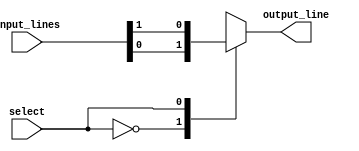
module multiplexer_1024_1 (
    input [1023:0] input_lines,
    input select,
    output reg output_line
);

always @ (select) begin
    case (select)
        10'b0000000000: output_line = input_lines[0];
        10'b0000000001: output_line = input_lines[1];
        // Add cases for all 1024 input lines here
        default: output_line = 1'bz; // Tri-state output if select is invalid
    endcase
end

endmodule